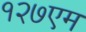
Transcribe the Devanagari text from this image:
१२७एम